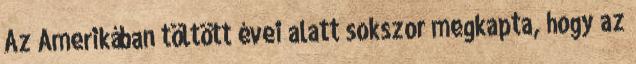
Az Amerikában töltött évei alatt sokszor megkapta, hogy az